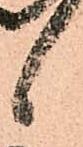
候